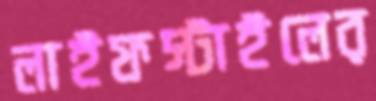
লাইফস্টাইলের